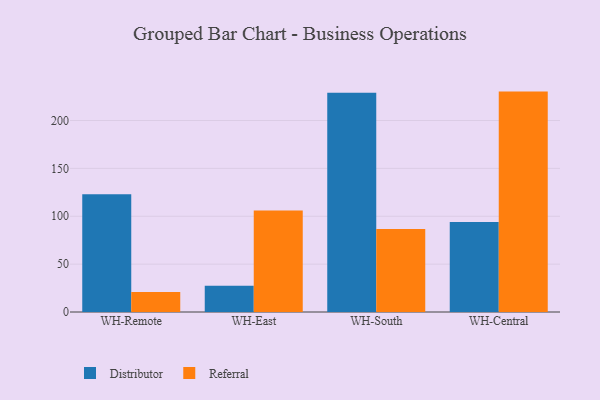
{"axis": {"x": "Warehouse", "y": "Page Views"}, "legend": ["Distributor", "Referral"], "data": [{"x": "WH-Remote", "y": 122.9, "type": "Distributor"}, {"x": "WH-Remote", "y": 20.8, "type": "Referral"}, {"x": "WH-East", "y": 27.3, "type": "Distributor"}, {"x": "WH-East", "y": 106.0, "type": "Referral"}, {"x": "WH-South", "y": 228.9, "type": "Distributor"}, {"x": "WH-South", "y": 86.6, "type": "Referral"}, {"x": "WH-Central", "y": 94.1, "type": "Distributor"}, {"x": "WH-Central", "y": 230.2, "type": "Referral"}]}